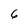
Character: 6